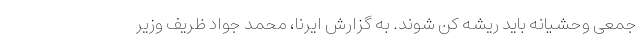
جمعی وحشیانه باید ریشه کن شوند. به گزارش ایرنا، محمد جواد ظریف وزیر